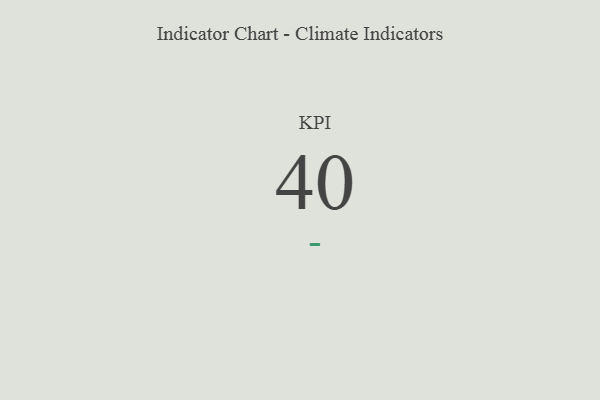
{"axis": {"x": "KPI", "y": "Value"}, "legend": [""], "data": [{"x": "KPI", "y": 40, "type": ""}]}